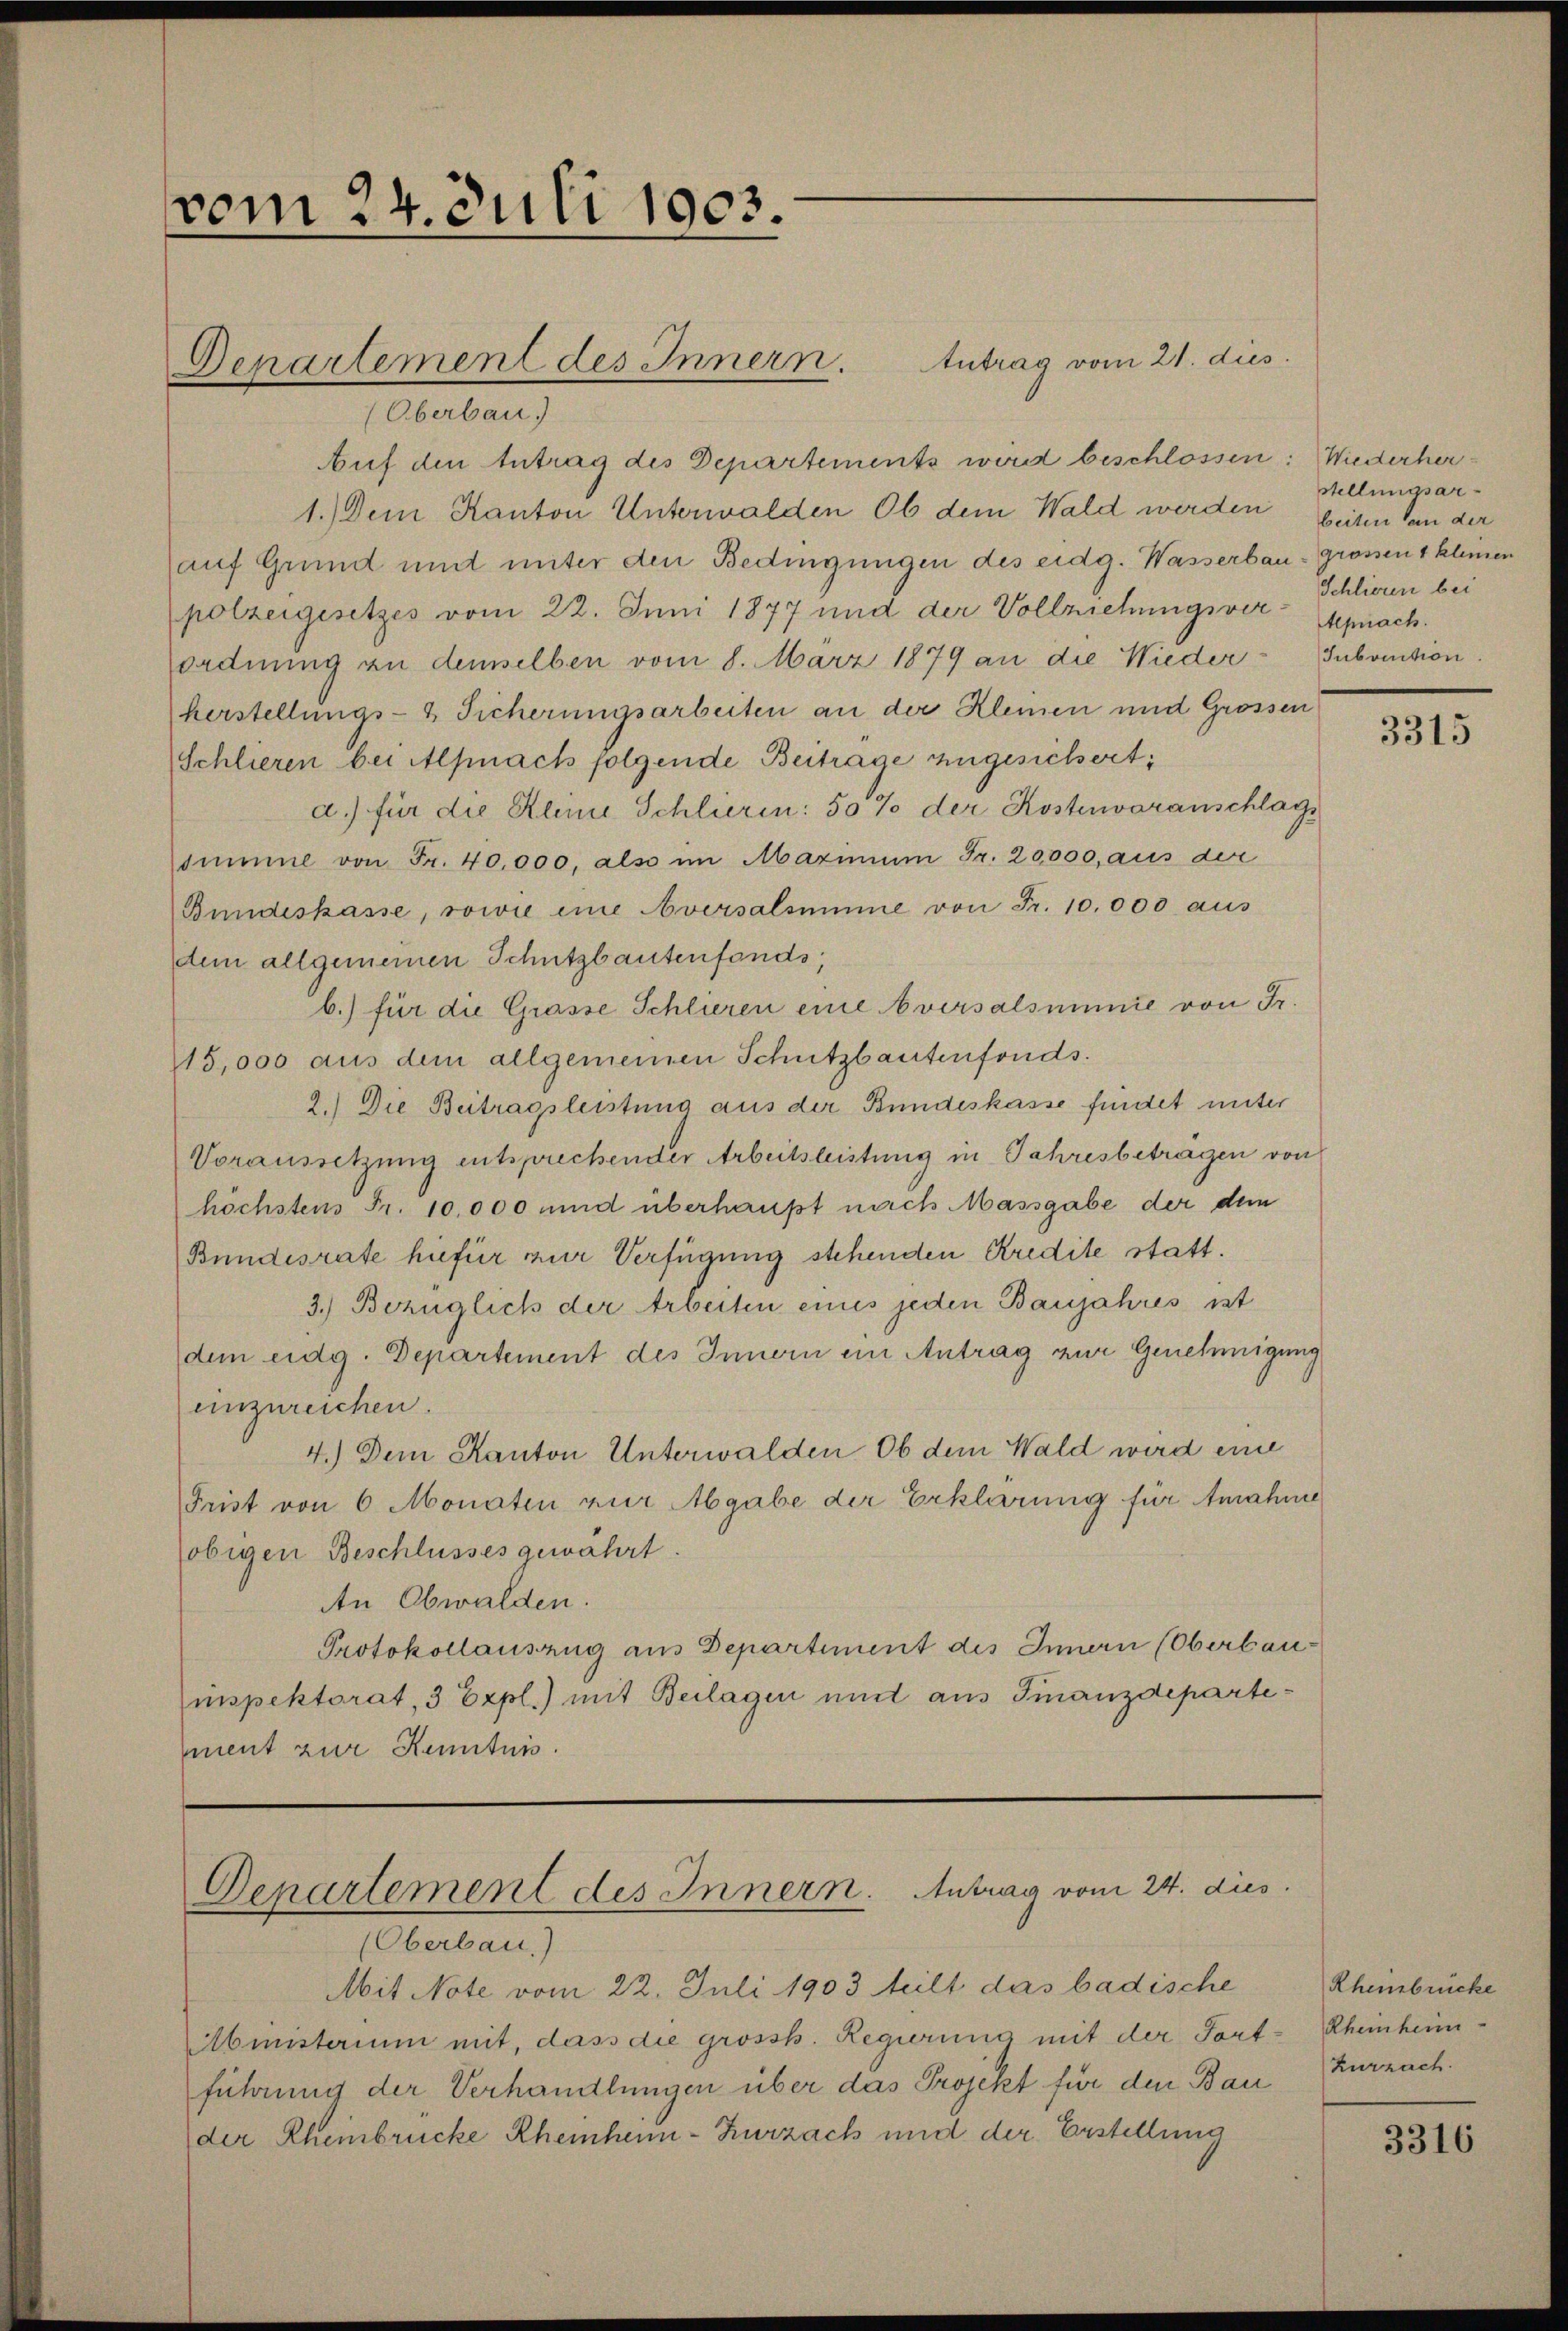
vom 24. Juli 1903.

(Oberbau
Auf den Antrag des Departements wird beschlossen: Wiederher-
1.) Dem Kanton Unterwalden Ob dem Wald werden beiten an der
(auf Grund mit unter den Bedingungen des eidg. Wasserbau-Grossen 1 kleinen
polzeigesetzes vom 22. Juni 1877 und der Vollziehungsver- Sprach.
ordnung an demselben vom 8. März 1879 an die Wieder-Subvention.
herstellungs- & Sicherungsarbeiten an der Kleinen und Grossen
(Schlieren bei Alpnach folgende Beitrage zugesichert;
a.) für die Klinie Schlieren: 50% der Kostenvoranschlags
summe von Fr. 40,000, also im Marinum Fr. 20,000, aus der
Bundeskasse, sowie eine Aversalsumme von Fr. 10.000 aus
dem allgemeinen Schutzbautenfonds
b.) für die Grasse Schlieren eine versalsumme von Fr.
15,000 aus dem allgemeinen Schutzbautenfonds.
2.) Die Beitragsleistung aus der Bundeskasse findet unter
Voraussetzung entsprechender Arbeitsleistung in Jahresbeträgen von
höchstens Fr. 10,000 und überhaupt nach Massgabe der dem
Bundesrate hiefür zur Verfügung stehenden Kredite statt.
3.) Bezüglich der Arbeiten eines jeden Baujahres ist
dem eidg. Departement des Innern ein Antrag zur Genehmigung
einzureichen.
4.) Dem Kanton Unterwalden Ob dem Wald wird eine
Frist von 6 Monaten zur Abgabe der Erklärung für Amahne
obigen Beschlusses gewährt.
An Obwalden.
Protokollauszug aus Departiment des Innern (Oberbau-
inspektorat, 3 Expl.) mit Beilagen mit aus Finanzdepartement zur Kenntnis.

Denartement des Innern. Antrag vom 21. dies

Departement des Innern. Antrag vom 24. dies

(Oberbau.)
Mit Note vom 22. Juli 1903 heilt das badische
Ministerium mit, dass die grossh. Regierung mit der Tort
führung der Verhandlungen über das Projekt für den Bau Zurzach.
der Rheinbrücke Rheinheim - Zurzach und der Erstellung

stellungsar¬
Schlieren bei

3315

Rheinbrücke
Rheinheim-
1

3316